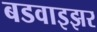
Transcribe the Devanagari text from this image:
बडवाइझर